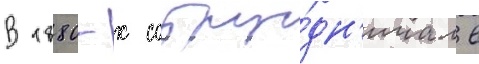
В 1880-х сотру́дн'ичал в